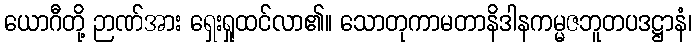
ယောဂီတို့ ဉာဏ်အား ရှေးရှုထင်လာ၏။ သောတုကာမတာနိဒါနကမ္မဇဘူတပဒဋ္ဌာနံ၊